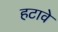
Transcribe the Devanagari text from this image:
हटावे